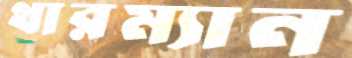
থারম্যান